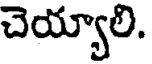
చెయ్యాలి.